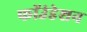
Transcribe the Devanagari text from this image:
फॉउंडेशन